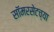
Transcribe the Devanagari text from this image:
सॉमरसेटच्या